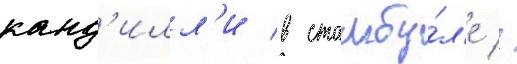
канд'илл'и в стамбу́л'е //